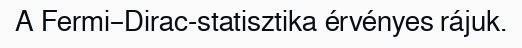
A Fermi–Dirac-statisztika érvényes rájuk.